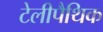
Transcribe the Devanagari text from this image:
टेलीपैथिक